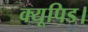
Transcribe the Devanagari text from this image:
क्यूपिड।